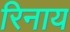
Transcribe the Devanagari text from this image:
रिनाय